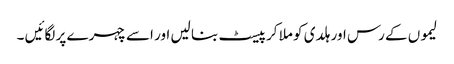
لیموں کے رس اور ہلدی کو ملا کر پیسٹ بنا لیں اور اسے چہرے پر لگائیں ۔